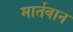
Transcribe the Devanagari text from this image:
मार्तबान